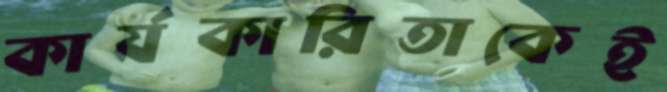
কার্যকারিতাকেই